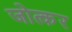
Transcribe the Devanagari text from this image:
जोत्कर